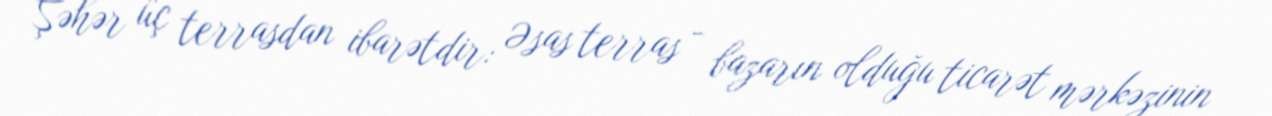
Şəhər üç terrasdan ibarətdir: Əsas terras - bazarın olduğu ticarət mərkəzinin